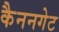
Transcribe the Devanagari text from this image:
कैननगेट